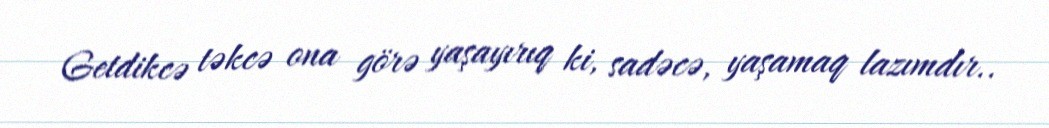
Getdikcə təkcə ona görə yaşayırıq ki, sadəcə, yaşamaq lazımdır..